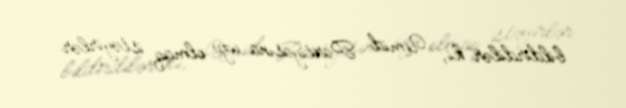
bildirdilər ki, Ümid Partiyasına üzv olmaq istəyirlər.